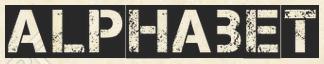
ALPHABET